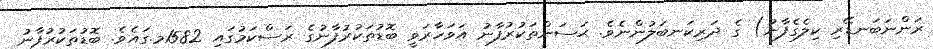
ރަންނަބަނޑޭރި ކިލެގެފާނު) ގެ ދަރިކަނބަލުންނެވެ. ޙަސަންތަކުރުފާނު އަވަހާރަވީ ބޮޑުތަކުރުފާނުގެ ރަސްކަމުގައި 1582މ.ގައެވެ. ބޮޑުތަކުރުފާނު